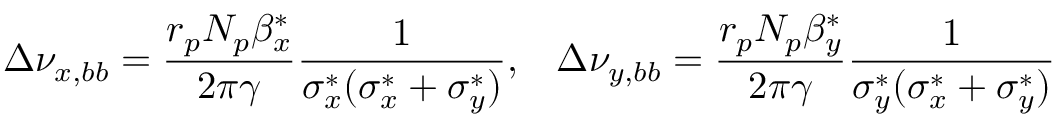
\Delta \nu _ { x , b b } = \frac { r _ { p } N _ { p } \beta _ { x } ^ { * } } { 2 \pi \gamma } \frac { 1 } { \sigma _ { x } ^ { * } ( \sigma _ { x } ^ { * } + \sigma _ { y } ^ { * } ) } , \; \; \; \Delta \nu _ { y , b b } = \frac { r _ { p } N _ { p } \beta _ { y } ^ { * } } { 2 \pi \gamma } \frac { 1 } { \sigma _ { y } ^ { * } ( \sigma _ { x } ^ { * } + \sigma _ { y } ^ { * } ) }